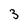
Character: 3